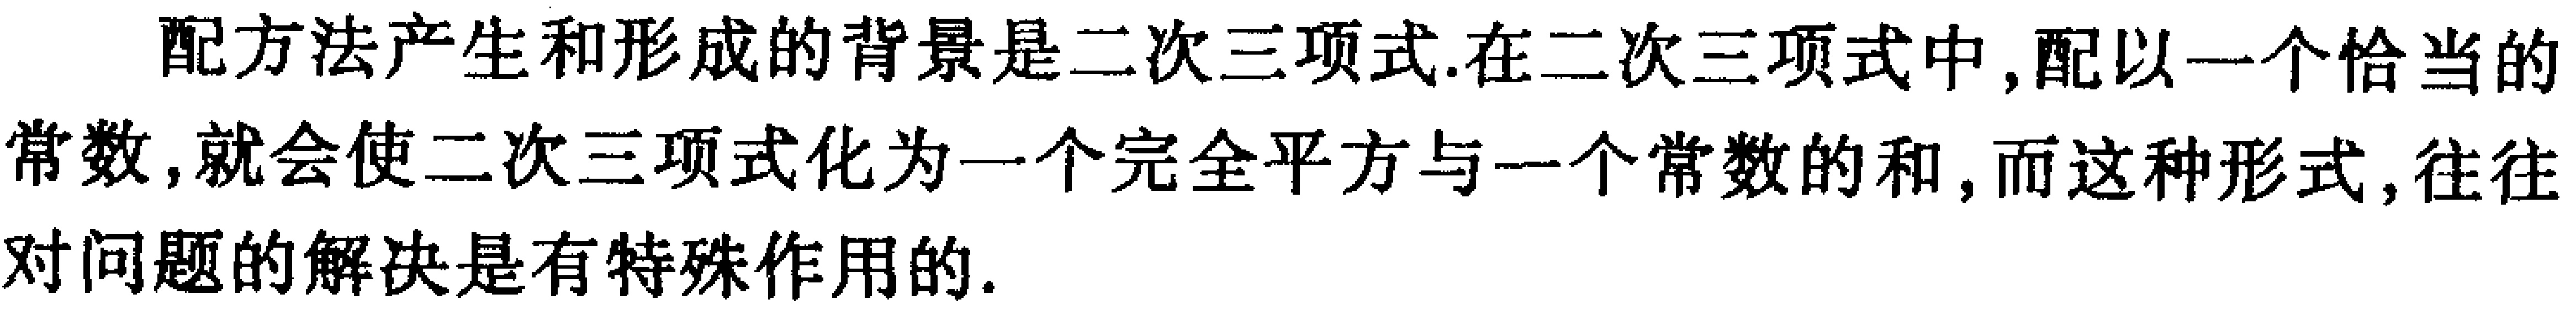
配方法产生和形成的背景是二次三项式.在二次三项式中,配以一个恰当的常数,就会使二次三项式化为一个完全平方与一个常数的和,而这种形式,往往对问题的解决是有特殊作用的.